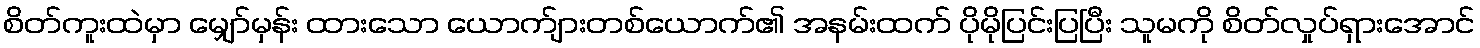
စိတ်ကူးထဲမှာ မျှော်မှန်း ထားသော ယောက်ျားတစ်ယောက်၏ အနမ်းထက် ပိုမိုပြင်းပြပြီး သူမကို စိတ်လှုပ်ရှားအောင်